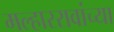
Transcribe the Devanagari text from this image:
मल्हाररावांच्या